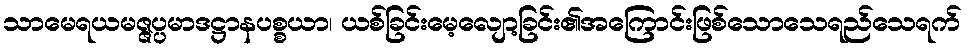
သာမေရယမဇ္ဇပ္ပမာဒဋ္ဌာနပစ္စယာ၊ ယစ်ခြင်းမေ့လျော့ခြင်း၏အကြောင်းဖြစ်သောသေရည်သေရက်